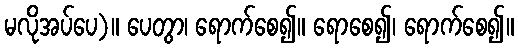
မလိုအပ်ပေ)။ ပေတွာ၊ ရောက်စေ၍။ ရောစေ၍၊ ရောက်စေ၍။